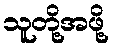
သူတို့အဖို့